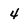
Character: 4